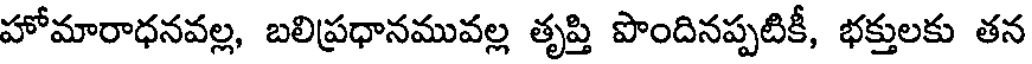
హోమారాధనవల్ల, బలిప్రధానమువల్ల తృప్తి పొందినప్పటికీ, భక్తులకు తన